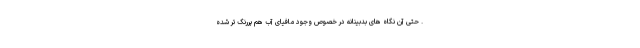
. حتی آن نگاه های بدبینانه در خصوص وجود مافیای آب هم پررنگ تر شده